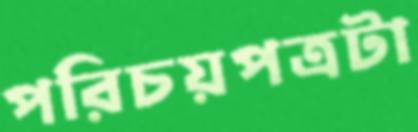
পরিচয়পত্রটা